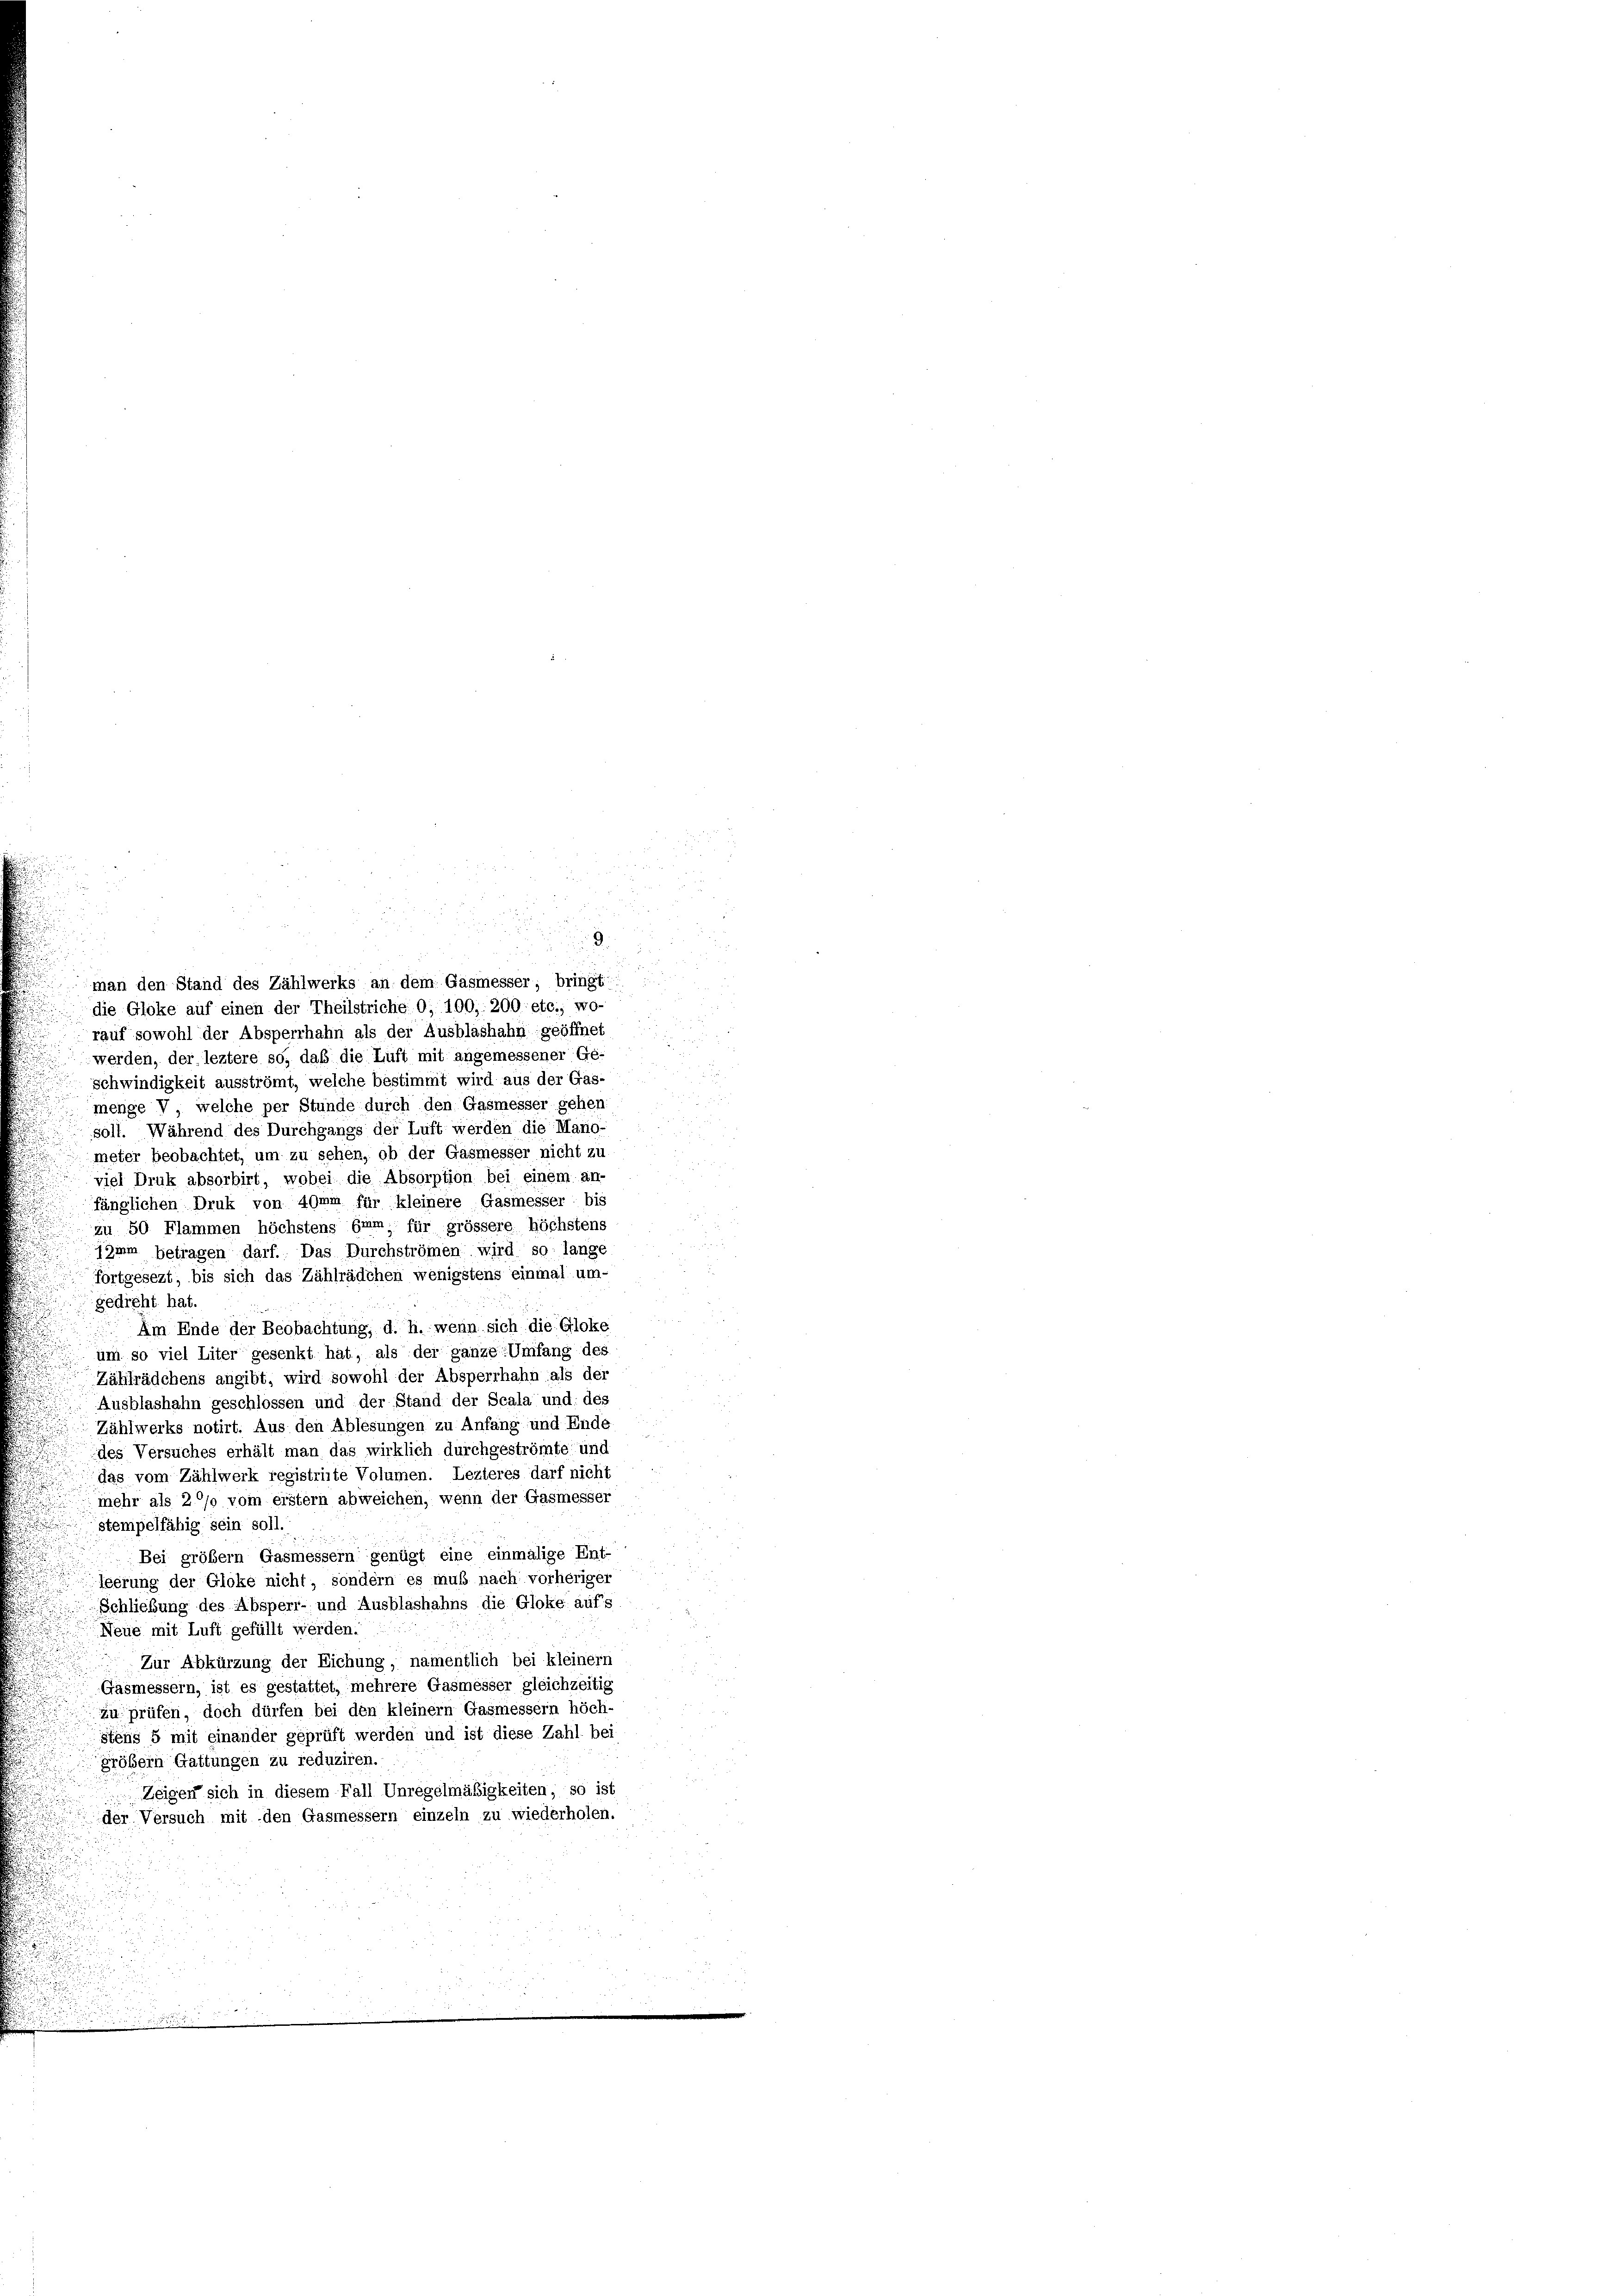
man den Stand des Zählwerks an dem Gasmesser, bringt:
die Gloke auf einen der Theilstriche O, 100, 200. etc., wo-
rauf sowohl der Absperrhahn als der Ausblashahn geöffnet
werden, der leztere so, daß die Luft mit angemessener Ge-
schwindigkeit ausströmt, welche bestimmt wird aus der Gas-
menge V, welche per Stunde durch den Gasmesser gehen:
soll. Während des Durchgangs der Luft werden die Mano-
meter beobachtet, um zu sehen, ob der Gasmesser nicht zu
viel Druk absorbirt, wobei die Absorption bei einem an-
fänglichen Druk von 49mm für kleinere Gasmesser bis
zu 50 Flammen höchstens Emm für grössere höchstens
Imm betragen darf. Das Durchströmen wird so lange
fortgesezt, bis sich das Zählrädchen wenigstens einmal um-
gedreht hat.
Am Ende der Beobachtung, d. h. wenn sich die Gloke
um so viel Liter gesenkt hat, als der ganze Umfang des
Zählrädchens angibt, wird sowohl der Absperrhahn als der
Ausblashahn geschlossen und der Stand der Scala und des
Zählwerks notirt. Aus den Ablesungen zu Anfang und Ende
des Versuches erhält man das wirklich durchgeströmte und
das vom Zählwerk registrirte Volumen. Lezteres darf nicht
mehr als 20% vom erstem abweichen, wenn der Gasmesser
stempelfähig sein soll.
Bei größem Gasmessern genügt eine einmalige Ent-
Iserung der Gloke nicht, sondern es muß nach vorheriger
Schliebung des Absperi- und Ausblashahns die Gloke auf’s
Neue mit Luft gefüllt werden.
Zur Abkürzung der Eichung, namentlich bei kleinern
Gasmessern, ist es gestattet, mehrere Gasmesser gleichzeitig
zu prüfen, doch dürfen bei den kleinem Gasmessern höch-
stens 5 mit einander geprüft werden und ist diese Zahl bei
größern Gattungen zu reduziren.
Zeigen sich in diesem Fall Unregelmäßigkeiten, so ist
der Versuch mit den Gasmessern einzeln zu wiederholen.

.

a
i